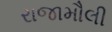
રાજામૌલી